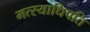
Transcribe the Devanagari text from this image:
मत्स्याधिपति